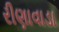
રીણાવાડા